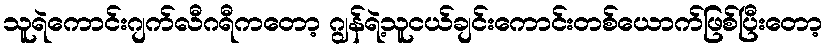
သူရဲကောင်းဂျက်လီဂရီကတော့ ဂျွန်ရဲ့သူငယ်ချင်းကောင်းတစ်ယောက်ဖြစ်ပြီးတော့